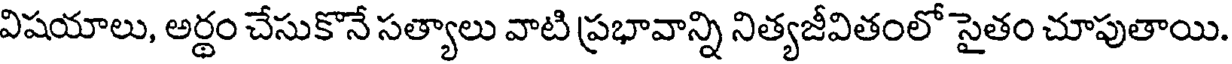
విషయాలు, అర్థం చేసుకొనే సత్యాలు వాటి ప్రభావాన్ని నిత్యజీవితంలో సైతం చూపుతాయి.